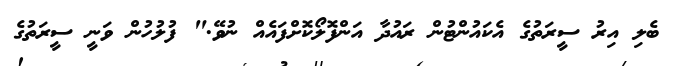
ބެލި އިރު ސީރަތުގެ އެކައުންޓުން ރައުދާ އަންފޮލޯކޮށްފައެއް ނުވޭ." ފުލުހުން ވަނީ ސީރަތުގެ